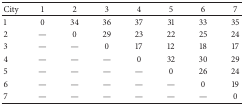
| City | 1 | 2 | 3 | 4 | 5 | 6 | 7 |
 | --- | --- | --- | --- | --- | --- | --- | --- |
 | 1 | 0 | 34 | 36 | 37 | 31 | 33 | 35 |
 | 2 | — | 0 | 29 | 23 | 22 | 25 | 24 |
 | 3 | — | — | 0 | 17 | 12 | 18 | 17 |
 | 4 | — | — | — | 0 | 32 | 30 | 29 |
 | 5 | — | — | — | — | 0 | 26 | 24 |
 | 6 | — | — | — | — | — | 0 | 19 |
 | 7 | — | — | — | — | — | — | 0 |